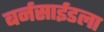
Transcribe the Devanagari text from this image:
बर्नसाईडला